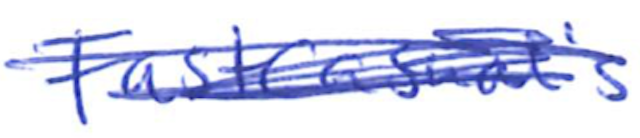
Text: FastCasual's
Cross-out: scratch
Writing tool: ballpoint